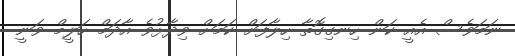
ނަމަވެސް އެއީ ކަން ހިނގިގޮތާ ހިލާފަށް ކަމަށް ވިދާޅުވެ އާދަމް ހަލީމް ވަނީ